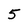
Character: 5